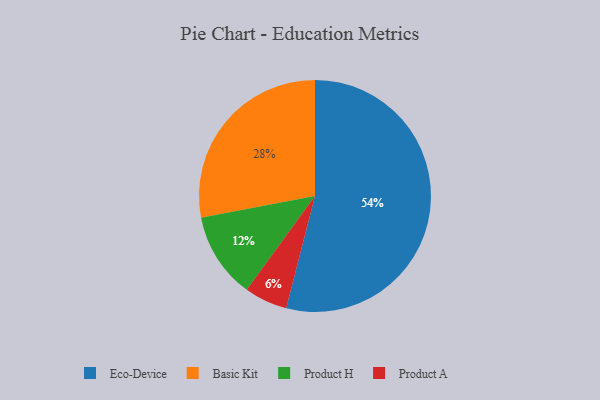
{"axis": {"x": "Category", "y": "Percentage"}, "legend": ["Basic Kit", "Eco-Device", "Product A", "Product H"], "data": [{"x": "Eco-Device", "y": 54, "type": "Eco-Device"}, {"x": "Product A", "y": 6, "type": "Product A"}, {"x": "Product H", "y": 12, "type": "Product H"}, {"x": "Basic Kit", "y": 28, "type": "Basic Kit"}]}